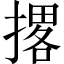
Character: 撂